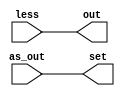
`timescale 1ns/ 1ns
module SLT(out,as_out,less,set) ;

  output out,set;
  input as_out,less;

  assign out = less ;
  assign set = as_out ;

endmodule